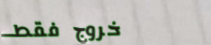
خروج فقط